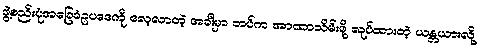
ဖွဲ့စည်းပုံအခြေခံဥပဒေကို လေ့လာတဲ့ အခါမှာ တပ်က အာဏာသိမ်းဖို့ လုပ်ထားတဲ့ ယန္တယားလို့